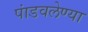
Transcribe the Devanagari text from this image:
पांडवलेण्या